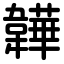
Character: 韡